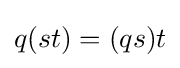
q(st)=(qs)t